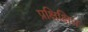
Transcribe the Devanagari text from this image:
प्रक्षिक्षित